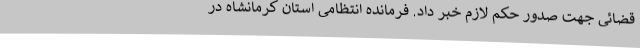
قضائی جهت صدور حکم لازم خبر داد. فرمانده انتظامی استان کرمانشاه در